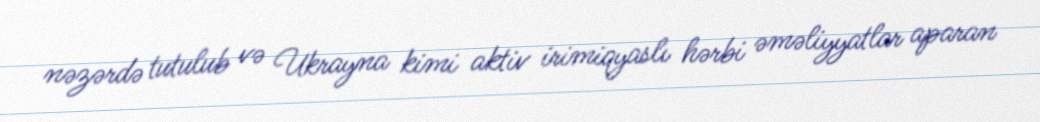
nəzərdə tutulub və Ukrayna kimi aktiv irimiqyaslı hərbi əməliyyatlar aparan